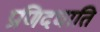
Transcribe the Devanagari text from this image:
प्रणिदघाति